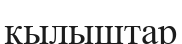
қылыштар